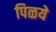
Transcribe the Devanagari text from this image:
पिळये